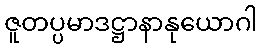
ဇူတပ္ပမာဒဋ္ဌာနာနုယောဂါ